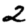
Digit: 2